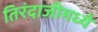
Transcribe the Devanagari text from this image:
तिरंदाजीमध्ये